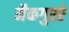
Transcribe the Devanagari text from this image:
मैकगुएरे